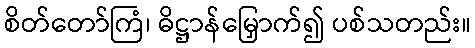
စိတ်တော်ကြံ၊ ဓိဋ္ဌာန်မြှောက်၍ ပစ်သတည်း။